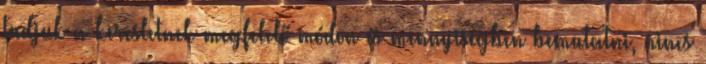
tudjuk a keresletnek megfelelő módon és mennyiségben bemutatni, nincs